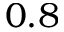
0 . 8